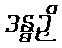
ဒန္ဓဉှိ